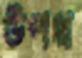
উপথ